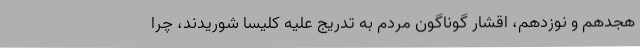
هجدهم و نوزدهم، اقشار گوناگون مردم به تدریج علیه کلیسا شوریدند، چرا